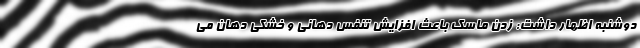
دوشنبه اظهار داشت: زدن ماسک باعث افزایش تنفس دهانی و خشکی دهان می